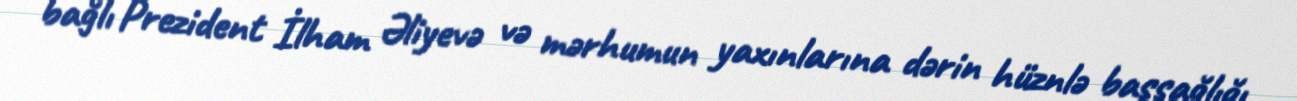
bağlı Prezident İlham Əliyevə və mərhumun yaxınlarına dərin hüznlə başsağlığı